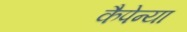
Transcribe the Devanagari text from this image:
कैपेन्या